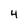
Character: 4